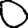
Digit: 0